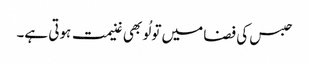
حبس کی فضا میں تو لُو بھی غنیمت ہوتی ہے۔